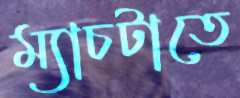
ম্যাচটাতে